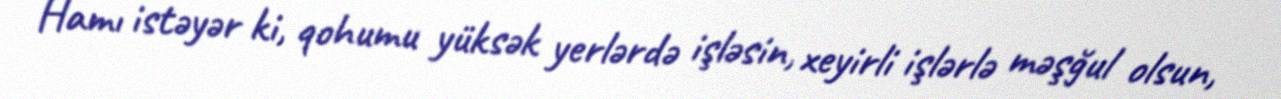
Hamı istəyər ki, qohumu yüksək yerlərdə işləsin, xeyirli işlərlə məşğul olsun,